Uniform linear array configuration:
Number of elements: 12
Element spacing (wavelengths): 1
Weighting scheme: hann
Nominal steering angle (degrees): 30
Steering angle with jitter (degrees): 30.121
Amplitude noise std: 0.05
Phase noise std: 0.05

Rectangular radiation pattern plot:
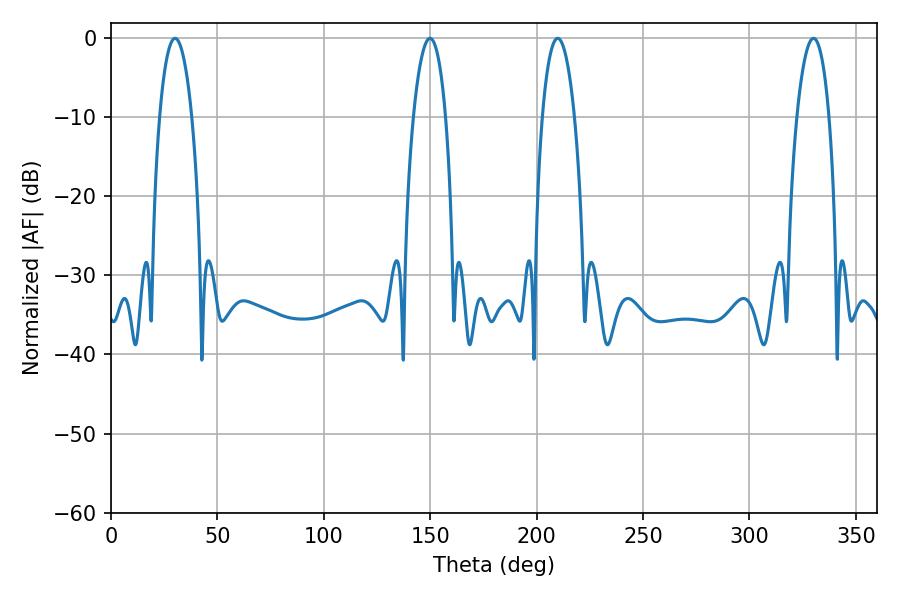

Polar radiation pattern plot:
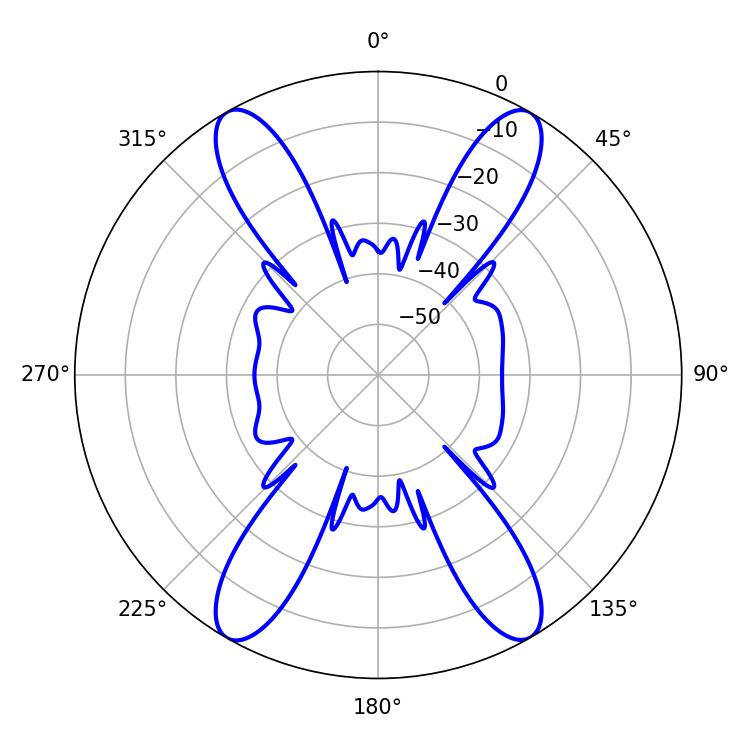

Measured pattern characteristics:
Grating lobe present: TRUE
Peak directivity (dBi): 32.077
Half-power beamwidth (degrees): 8.46
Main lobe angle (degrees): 209.88